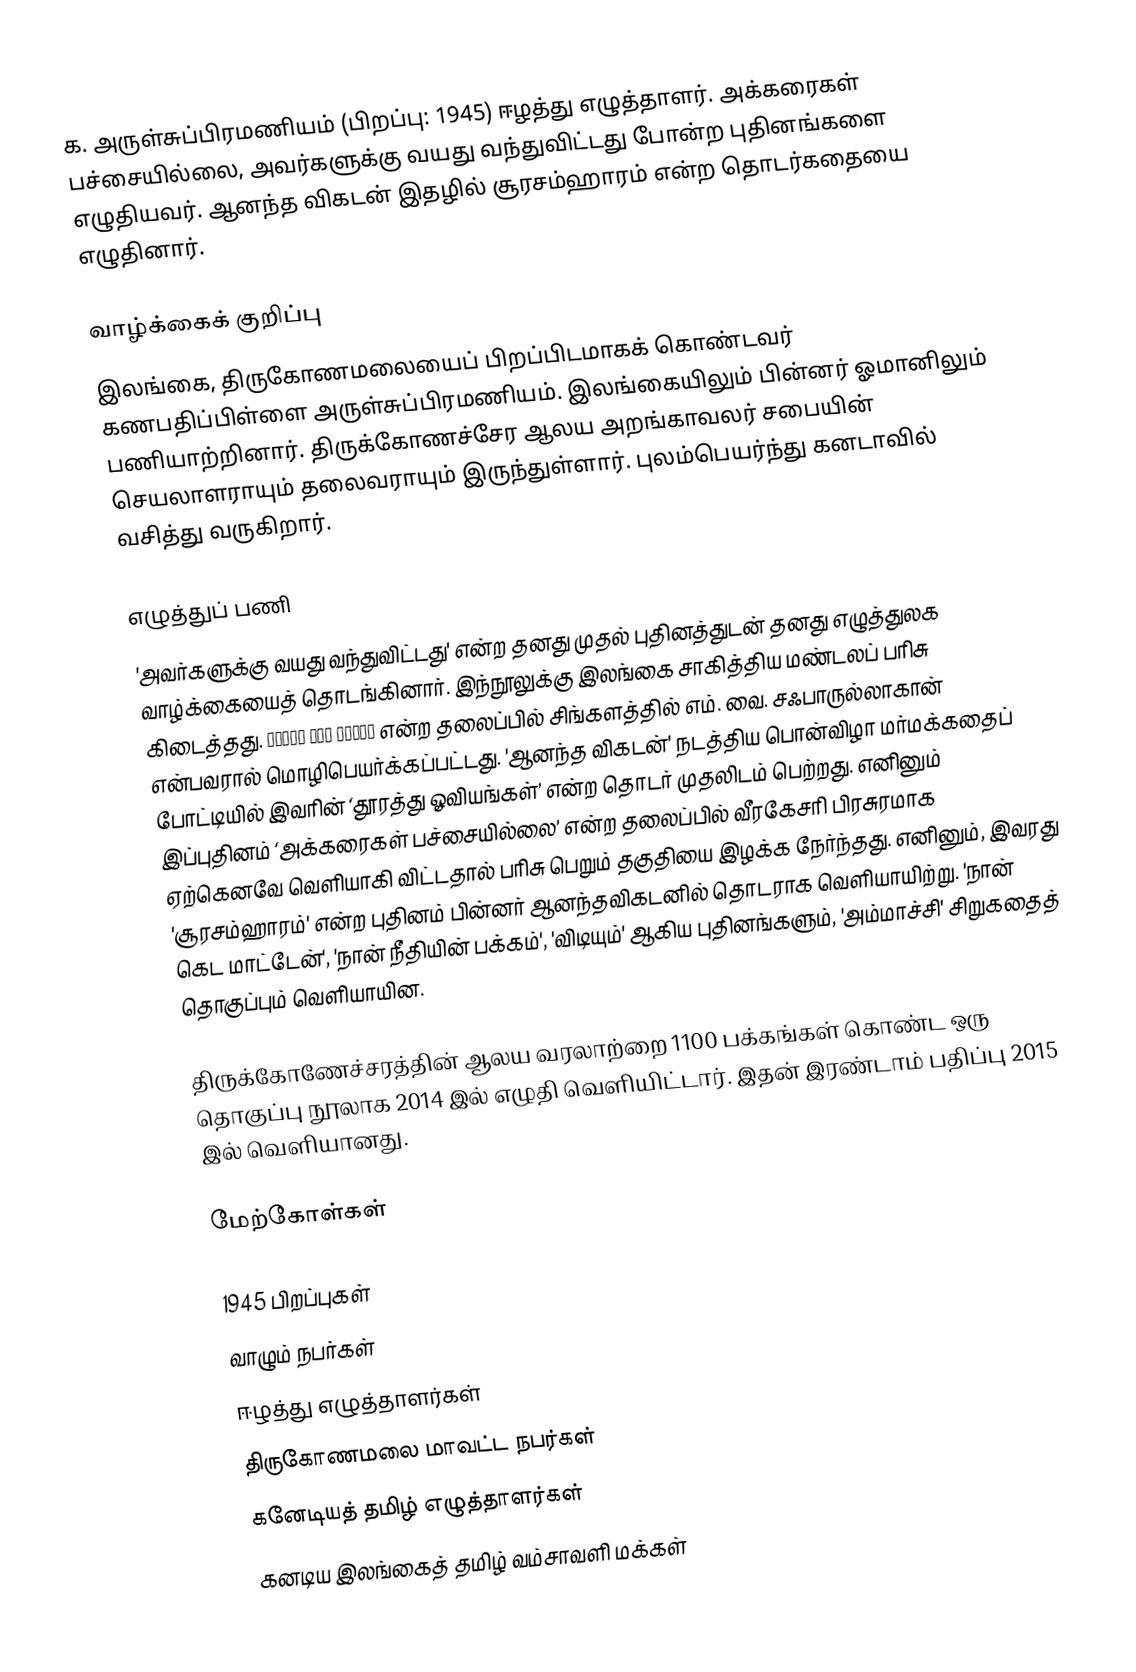
க. அருள்சுப்பிரமணியம் (பிறப்பு: 1945) ஈழத்து எழுத்தாளர். அக்கரைகள் பச்சையில்லை, அவர்களுக்கு வயது வந்துவிட்டது போன்ற புதினங்களை எழுதியவர். ஆனந்த விகடன் இதழில் சூரசம்ஹாரம் என்ற தொடர்கதையை எழுதினார்.

வாழ்க்கைக் குறிப்பு
இலங்கை, திருகோணமலையைப் பிறப்பிடமாகக் கொண்டவர் கணபதிப்பிள்ளை அருள்சுப்பிரமணியம். இலங்கையிலும் பின்னர் ஓமானிலும் பணியாற்றினார். திருக்கோணச்சேர ஆலய அறங்காவலர் சபையின் செயலாளராயும் தலைவராயும் இருந்துள்ளார். புலம்பெயர்ந்து கனடாவில் வசித்து வருகிறார்.

எழுத்துப் பணி
'அவர்களுக்கு வயது வந்துவிட்டது' என்ற தனது முதல் புதினத்துடன் தனது எழுத்துலக வாழ்க்கையைத் தொடங்கினார். இந்நூலுக்கு இலங்கை சாகித்திய மண்டலப் பரிசு கிடைத்தது. එයාලට වයස ඇවිත් என்ற தலைப்பில் சிங்களத்தில் எம். வை. சஃபாருல்லாகான் என்பவரால் மொழிபெயர்க்கப்பட்டது. 'ஆனந்த விகடன்' நடத்திய பொன்விழா மர்மக்கதைப் போட்டியில் இவரின் ‘தூரத்து ஓவியங்கள்’ என்ற தொடர் முதலிடம் பெற்றது. எனினும் இப்புதினம் ‘அக்கரைகள் பச்சையில்லை’ என்ற தலைப்பில் வீரகேசரி பிரசுரமாக ஏற்கெனவே வெளியாகி விட்டதால் பரிசு பெறும் தகுதியை இழக்க நேர்ந்தது. எனினும், இவரது 'சூரசம்ஹாரம்' என்ற புதினம் பின்னர் ஆனந்தவிகடனில் தொடராக வெளியாயிற்று. 'நான் கெட மாட்டேன்', 'நான் நீதியின் பக்கம்', 'விடியும்' ஆகிய புதினங்களும், 'அம்மாச்சி'  சிறுகதைத் தொகுப்பும் வெளியாயின.

திருக்கோணேச்சரத்தின் ஆலய வரலாற்றை 1100 பக்கங்கள் கொண்ட ஒரு தொகுப்பு நூலாக 2014 இல் எழுதி வெளியிட்டார். இதன் இரண்டாம் பதிப்பு 2015 இல் வெளியானது.

மேற்கோள்கள்

1945 பிறப்புகள்
வாழும் நபர்கள்
ஈழத்து எழுத்தாளர்கள்
திருகோணமலை மாவட்ட நபர்கள்
கனேடியத் தமிழ் எழுத்தாளர்கள்
கனடிய இலங்கைத் தமிழ் வம்சாவளி மக்கள்